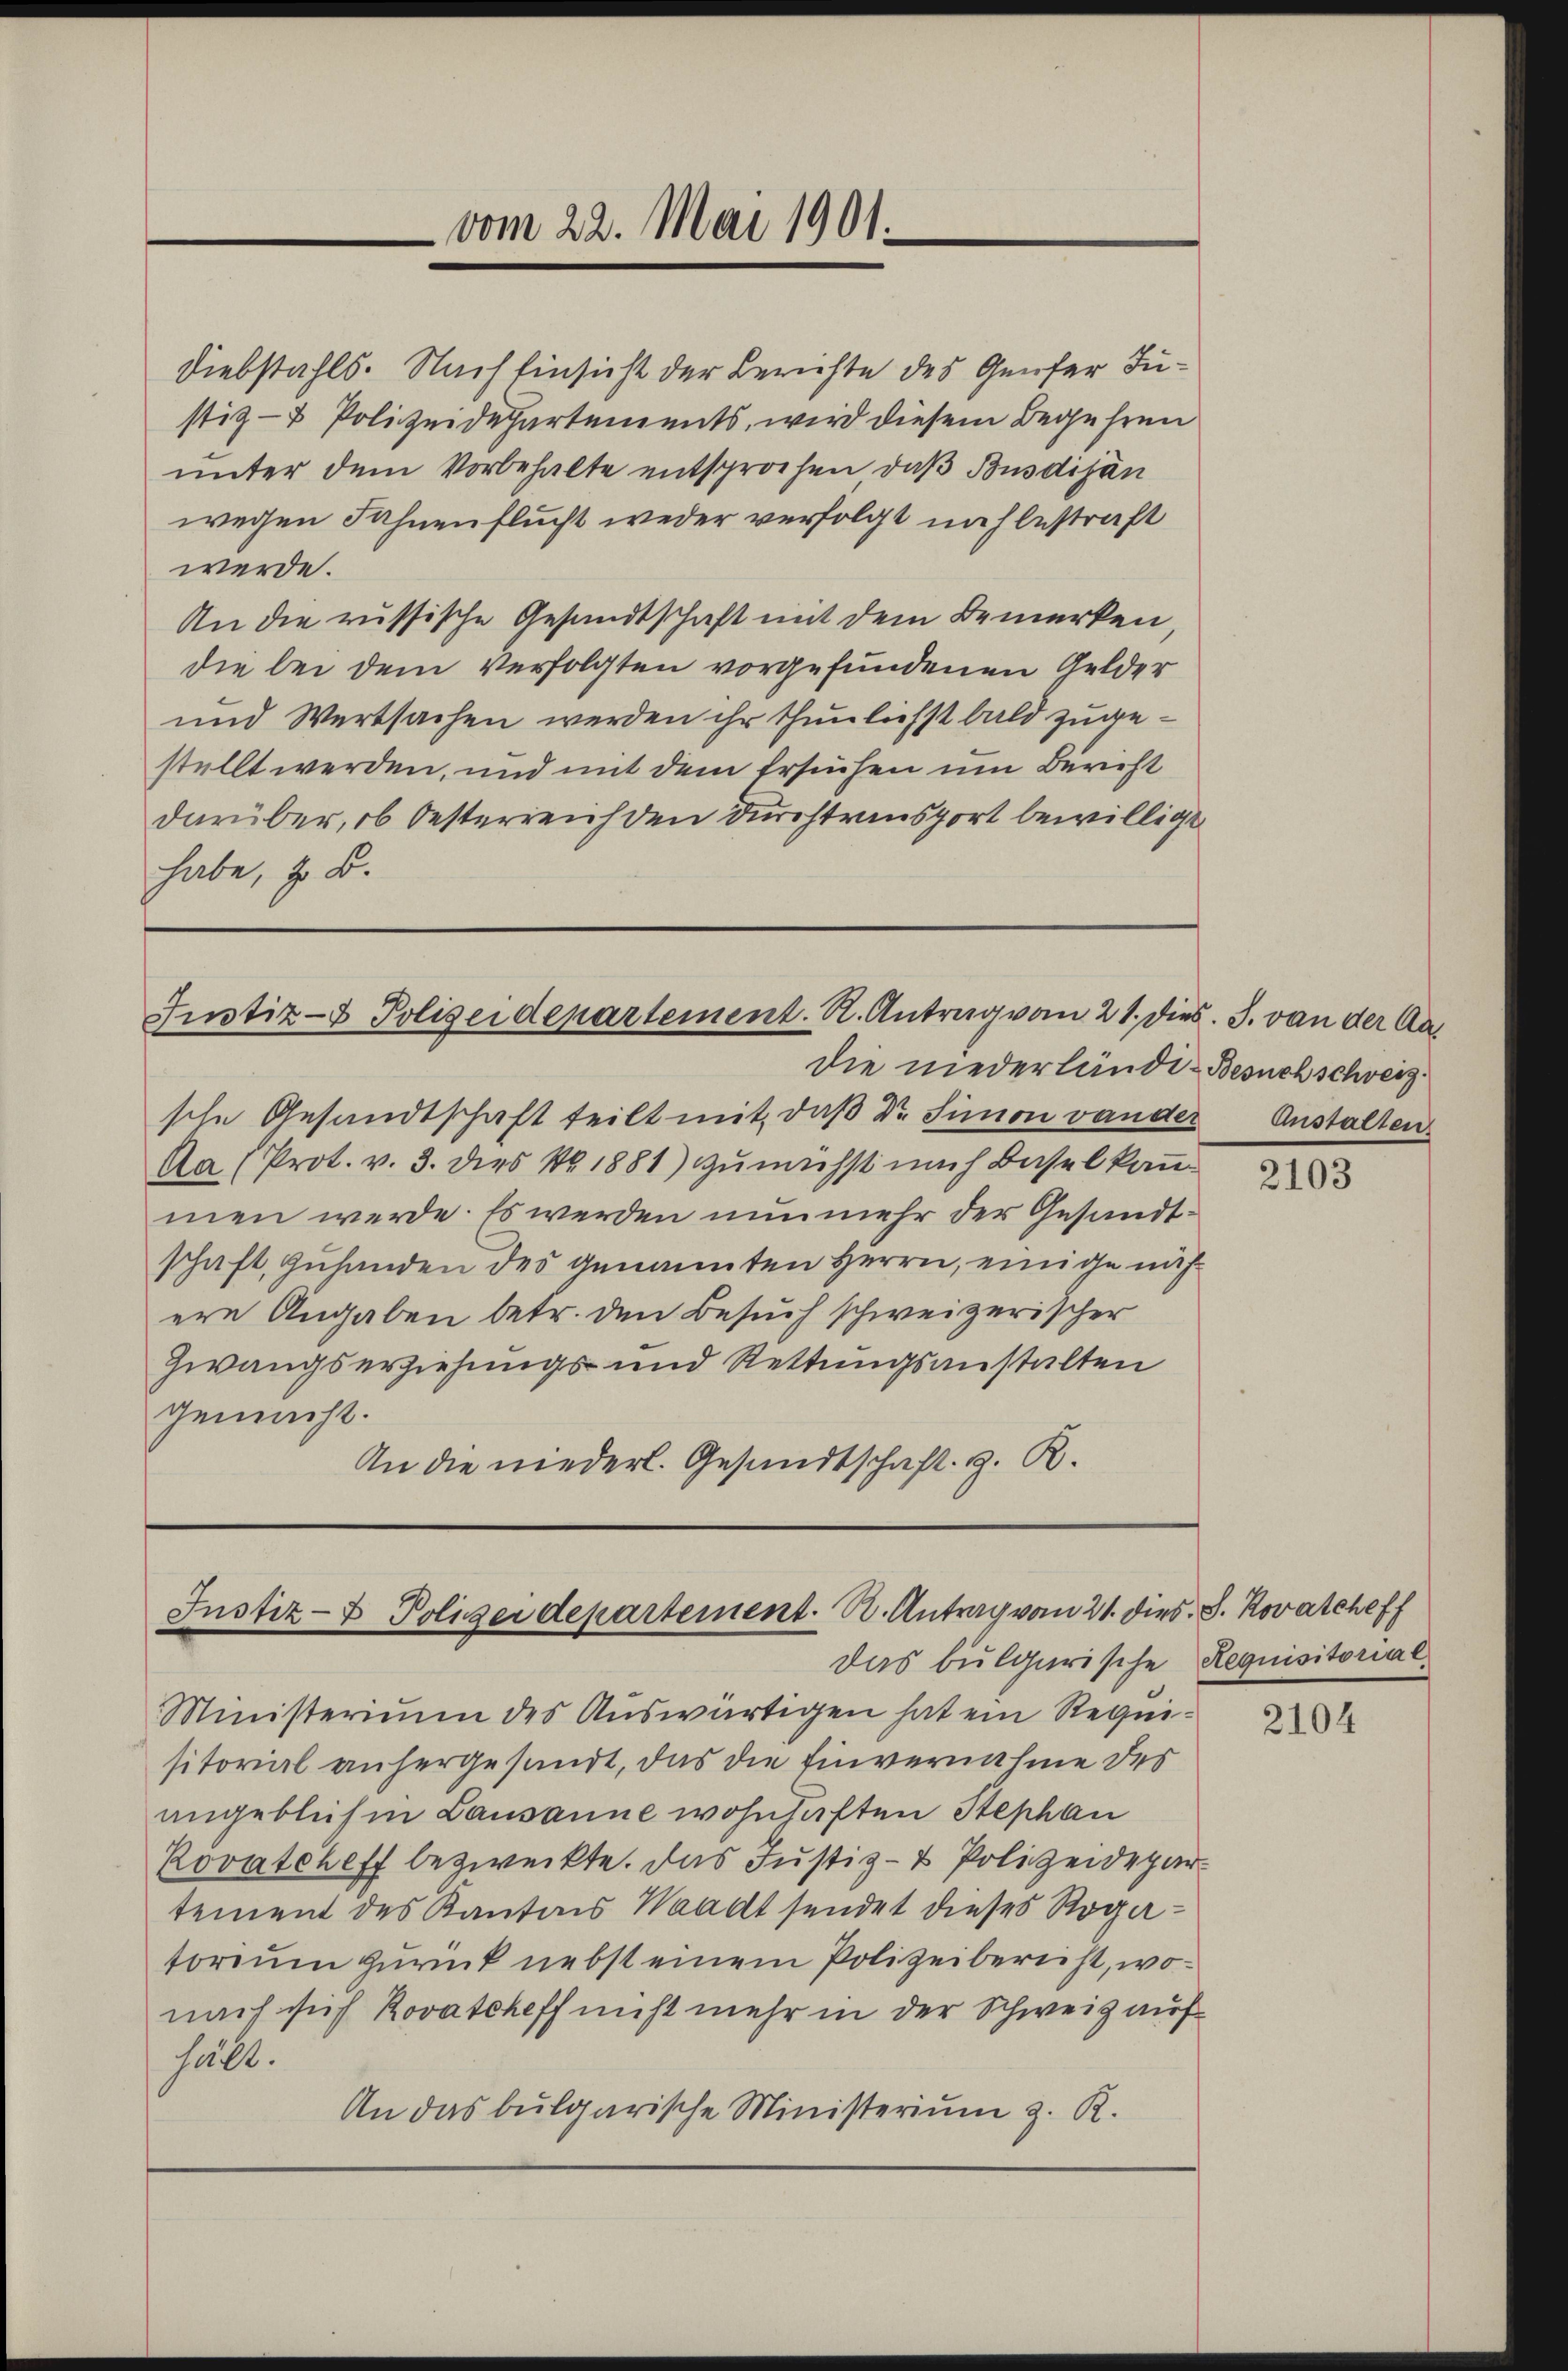
vom 22. Mai 1901.

Diebstahls. Nach Einsicht der Berichte des Genfer Justiz- & Polizeidepartements, wird diesem Begehren
unter dem Vorbehalte entsprochen, daβ Busdijan
wegen Fahnenflucht weder verfolgt nach bestraft
werde.
An die russische Gesandtschaft mit dem Bemerken,
die bei dem Verfolgten vorgefundenen Gelder
und Wertsachen werden ihr thunlichst bald zugestellt werden, und mit dem Ersuchen um Bericht
darüber, ob Oesterreich den Durchtransport bewilligt
habe, z. B.

Justiz- & Polizeidepartement. R. Antrag vom 21. dies. J. von der Aa

Justiz- & Polizeidepartement. R. Antrag vom 21. dies. S. Rovatcheff
das bulgarische Requisitorial

die niederländi- Besuch schweiz.
sche Ansandtschaft teilt mit, daβ Dr. Simon vander Anstalten.
Aa (Prot. v. 3. dies No. 1881) zunächst nach Basel kan
men werde. Es werden nunmehr der Gesandtschaft, zuhanden des genannten Herrn, einige nich
ere Angaben betr. den Besuch schweizerischer
Zwangserziehungs- und Rettungsanstalten
gemacht.
An die niederl. Gesandtschaft. g. R.

Ministerium des Auswärtigen hat ein Requisitorial anhergesandt, das die Einvernahme des
angeblich in Lausanne wohnhaften Stephan
Rovatcheff bezweckte. Das Justiz- & Polizeidepartement des Kantons Waadt sendet dieses Rogatorium zurück nebst einem Polizeiberecht, wonach sich Rovatcheff nicht mehr in der Schweiz auf
feilt.
An das bulgarische Ministerium z. R.

2103

2104